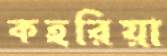
কহরিয়া